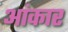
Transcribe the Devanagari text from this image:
आंकार